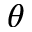
\theta